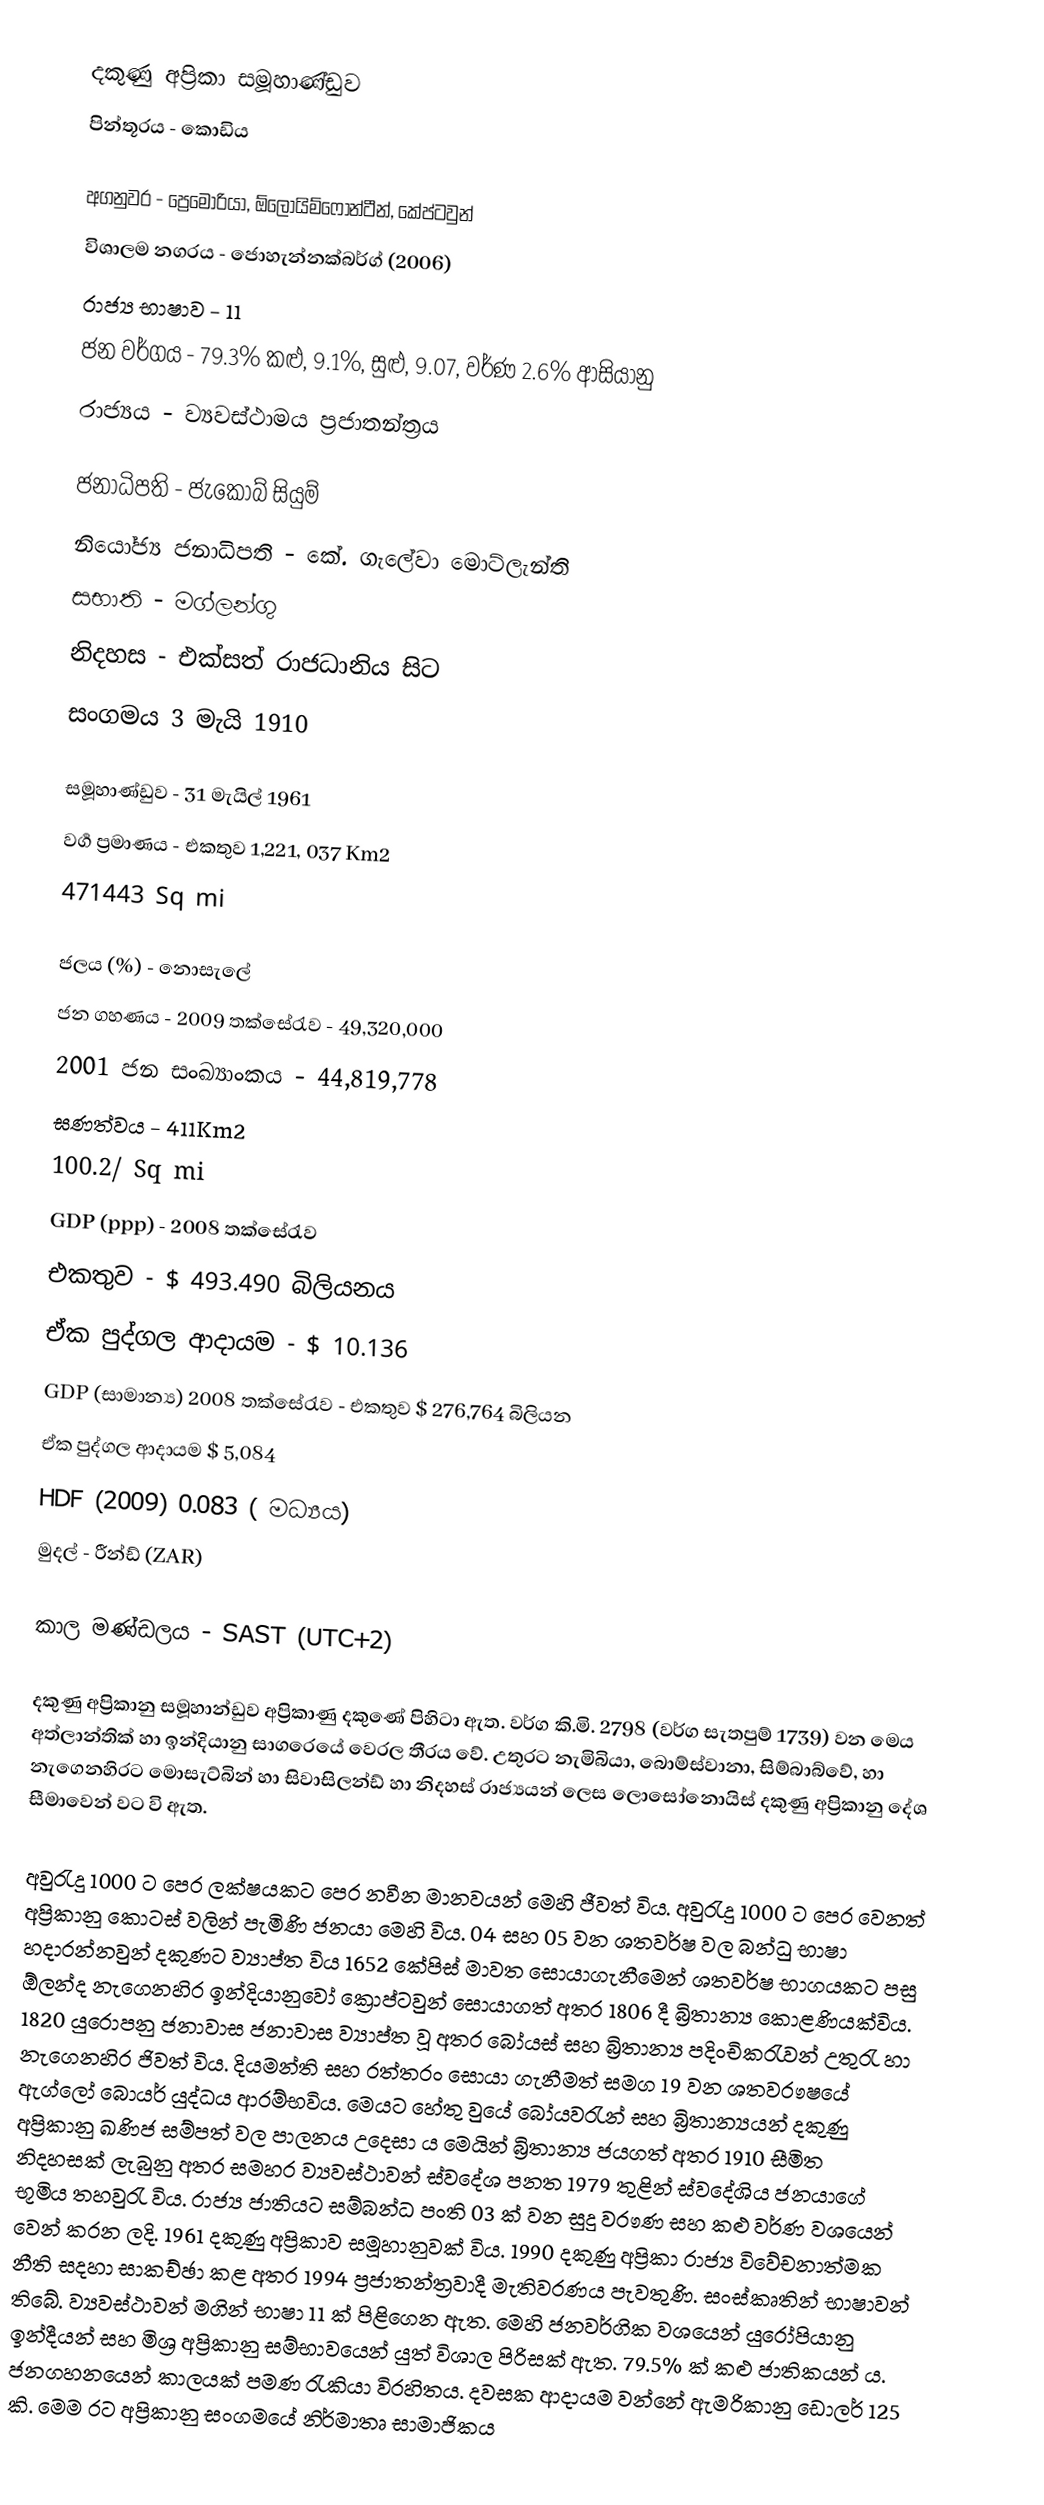
දකුණු අප්‍රිකා සමූහාණ්ඩුව
පින්තූරය  - කොඩිය

අගනුවර - ප්‍රෙමෝරියා, ඕලොයිම්ෆොන්ටීන්, කේප්ටවුන්
විශාලම නගරය - ජොහැන්නක්බර්ග් (2006)
රාජ්‍ය භාෂාව - 11
ජන වර්ගය - 79.3% කළු, 9.1%, සුළු, 9.07, වර්ණ 2.6% ආසියානු
රාජ්‍යය - ව්‍යවස්ථාමය ප්‍රජාතන්ත්‍රය

ජනාධිපති  - ජැකොබ් සියුම්
නියෝජ්‍ය ජනාධිපති - 	කේ. ගැලේවා මොට්ලැන්ති
 සභාති -   මග්ලන්ගු
නිදහස - එක්සත් රාජධානිය සිට
සංගමය 3 මැයි 1910

සමූහාණ්ඩුව - 31 මැයිල් 1961
වර්‍ග ප්‍රමාණය - එකතුව 1,221, 037 Km2
471443 Sq mi

ජලය (%)	 - නොසැලේ
ජන ගහණය - 2009 තක්සේරැව - 49,320,000
2001 ජන සංඛ්‍යාංකය - 44,819,778
ඝණත්වය	-	411Km2
			100.2/ Sq mi
GDP (ppp)  - 2008 තක්සේරැව
එකතුව - ‍$ 493.490  බිලියනය
ඒක පුද්ගල ආදායම  - $ 10.136
GDP (සාමාන්‍ය) 2008 තක්සේරැව - එකතුව $ 276,764  බිලියන
ඒක පුද්ගල ආදායම $ 5,084
HDF (2009) 0.083  ( මධ්‍යය)
මුදල් - රීන්ඩ් (ZAR)

කාල මණ්ඩලය - SAST (UTC+2)

දකුණු අප්‍රිකානු සමූහාන්ඩුව අප්‍රිකාණු දකුණේ පිහිටා ඇත. වර්ග කි.මි. 2798 (වර්ග සැතපුම් 1739) වන මෙය අත්ලාන්තික් හා ඉන්දියානු සාගරෙයේ වෙරල තී‍රය ‍වේ. උතුරට නැමිබියා, බොම්ස්වානා, සිම්බාබ්වේ, හා නැගෙනහිරට මොසැට්බින් හා සිවාසිලන්ඩ් හා නිදහස් ‍රාජ්‍යයන් ලෙස ලොසෝනොයිස් දකුණු අප්‍රිකානු දේශ සීමාවෙන් වට වි ඇත.

අවුරැදු 1000 ට පෙර ලක්ෂයකට පෙර නවීන මානවයන් මෙහි ජීවත් විය. අවුරැදු 1000 ට පෙර වෙනත් අප්‍රිකානු කොටස් වලින් පැමිණි ජනයා මෙහි විය. 04 සහ 05  වන ශතවර්ෂ වල බන්ධු භාෂා හදාරන්නවුන්  දකුණට ව්‍යාප්ත විය 1652 කේපිස් මාවත සොයාගැනීමෙන් ශතවර්ෂ භාගයකට පසු ඕලන්ද නැගෙනහිර ඉන්දියානුවෝ ක්‍රොප්ටවුන් සොයාගත් අතර 1806 දී බ්‍රිතාන්‍ය කොළණියක්විය. 1820  යුරොපනු ජනාවාස ජනාවාස ව්‍යාප්ත වූ අතර බෝයස් සහ බ්‍රිතාන්‍ය පදිංචිකරැවන් උතුරැ හා  නැගෙනහිර ජිවත් විය.  දියමන්ති සහ රත්තරං සොයා ගැනීමත් සමග 19 වන ශතවරෟෂයේ ඇග්ලෝ බොයර් යුද්ධය ආරම්භවිය. මෙයට හේතු වුයේ බෝයවරැන් සහ බ්‍රිතාන්‍යයන් දකුණු අප්‍රිකානු  ඛණිජ සම්පත් වල පාලනය උදෙසා ය මෙයින් බ්‍රිතාන්‍ය ජයගත් අතර 1910 සීමිත නිදහසක් ලැබුනු අතර සමහර ව්‍යවස්ථාවන්  ස්වදේශ පනත 1979  තුළින් ස්වදේශිය ජනයාගේ භූමිය තහවුරැ විය. රාජ්‍ය ජාතියට සම්බන්ධ පංති 03 ක් වන සුදු වරෟණ සහ  කළු වර්ණ වශයෙන් වෙන් කරන ලදි. 1961 දකුණු අප්‍රිකාව  සමූහානුවක් විය. 1990 දකුණු අප්‍රිකා  රාජ්‍ය විවේචනාත්මක නීති සදහා සාකච්ඡා කළ අතර 1994 ප්‍රජාතන්ත්‍රවාදී මැතිවරණය පැවතුණි. සංස්කෘතින් භාෂාවන් තිබේ. ව්‍යවස්ථාවන් මගින් භාෂා 11 ක් පිළිගෙන ඇත. මෙහි ජනවර්ගික වශයෙන් යුරෝපියානු ඉන්දීයන් සහ මිශ්‍ර අප්‍රිකානු සම්භාවයෙන් යුත් විශාල පිරිසක් ඇත. 79.5% ක් කළු ජාතිකයන් ය. ජනගහනයෙන් කාලයක්  පමණ රැකියා විරහිතය. දවසක ආදායම වන්නේ ඇමරිකානු ඩොලර් 125 කි. මෙම රට අප්‍රිකානු  සංගමයේ  නිර්මාතෘ සාමාජිකය